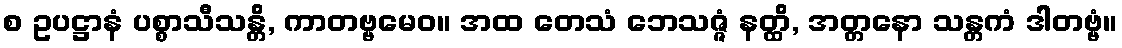
စ ဥပဋ္ဌာနံ ပစ္စာသီသန္တိ, ကာတဗ္ဗမေဝ။ အထ တေသံ ဘေသဇ္ဇံ နတ္ထိ, အတ္တနော သန္တကံ ဒါတဗ္ဗံ။